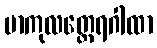
ဗာကုလတ္ထေရဂါထာ